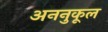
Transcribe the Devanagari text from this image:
अननुकूल